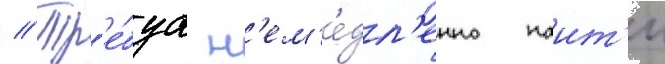
// Тр'е́буа н'ем'е́дл'енно наит'и